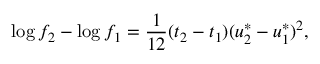
\log f _ { 2 } - \log f _ { 1 } = \frac { 1 } { 1 2 } ( t _ { 2 } - t _ { 1 } ) ( u _ { 2 } ^ { * } - u _ { 1 } ^ { * } ) ^ { 2 } ,